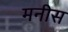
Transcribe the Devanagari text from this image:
मनीस